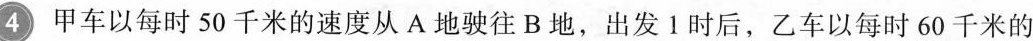
4 甲车以每时50千米的速度从A地驶往B地，出发1时后，乙车以每时60千米的